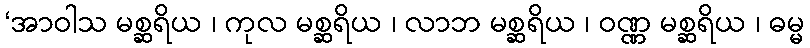
‘အာဝါသ မစ္ဆရိယ ၊ ကုလ မစ္ဆရိယ ၊ လာဘ မစ္ဆရိယ ၊ ဝဏ္ဏ မစ္ဆရိယ ၊ ဓမ္မ